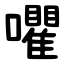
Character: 㘗